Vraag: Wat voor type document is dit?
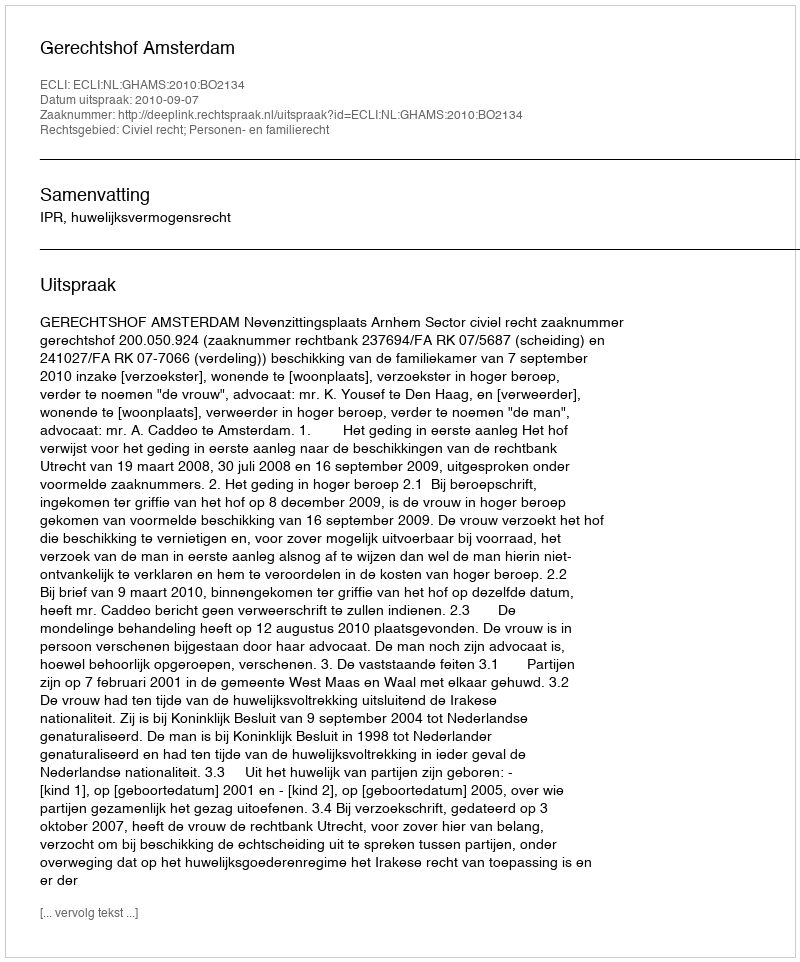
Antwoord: Uitspraak